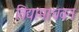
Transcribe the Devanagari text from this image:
विद्यामाधवन